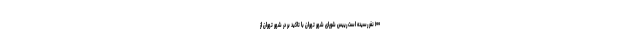
۱۰۰ نفر رسیده است رییس شورای شهر تهران با تاکید بر در شهر تهران از